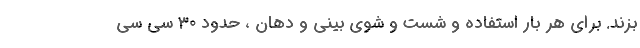
بزند. برای هر بار استفاده و شست و شوی بینی و دهان ، حدود 30 سی سی